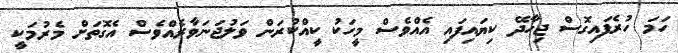
ހަމަ ހުރެފައިގޮސް ޖިހާދޭ ކިޔައިފައި އެއްވެސް މީހަކު ކީއްކުރަން ވަލުޖަނަވާރެއްވެސް އެގޮތަށް މެރުމަކީ